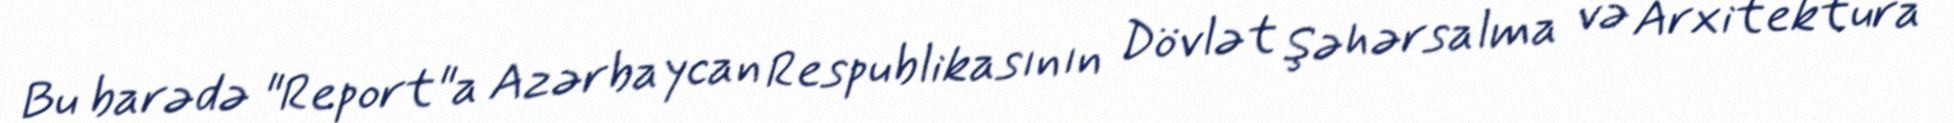
Bu barədə "Report"a Azərbaycan Respublikasının Dövlət Şəhərsalma və Arxitektura